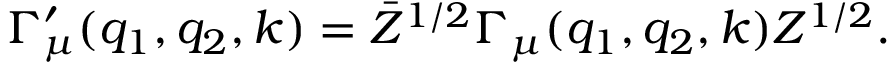
\Gamma _ { \mu } ^ { \prime } ( q _ { 1 } , q _ { 2 } , k ) = \bar { Z } ^ { 1 / 2 } \Gamma _ { \mu } ( q _ { 1 } , q _ { 2 } , k ) Z ^ { 1 / 2 } .